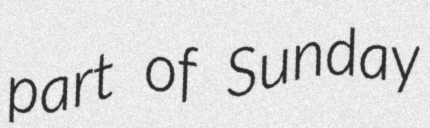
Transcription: part of Sunday